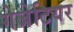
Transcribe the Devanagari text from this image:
गेजेटियर